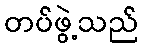
တပ်ဖွဲ့သည်